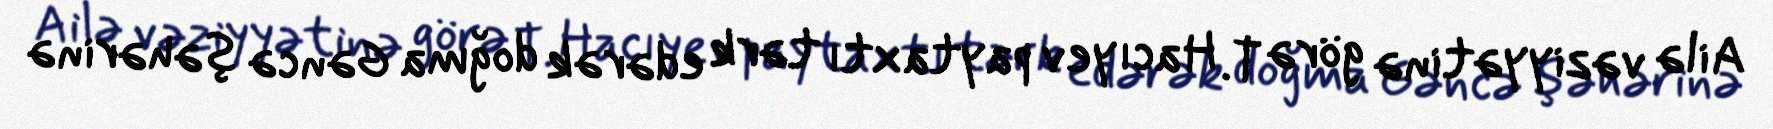
Ailə vəziyyətinə görə T. Hacıyev paytaxtı tərk edərək doğma Gəncə şəhərinə